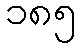
၁၈၅